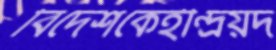
বিদেশকেইন্দ্রিয়দ